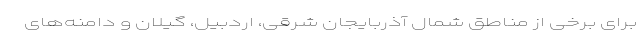
برای برخی از مناطق شمال آذربایجان شرقی، اردبیل، گیلان و دامنه‌های